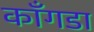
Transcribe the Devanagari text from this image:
काँगडा